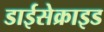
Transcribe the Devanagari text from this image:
डाईसेक्राइड